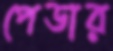
পেডার